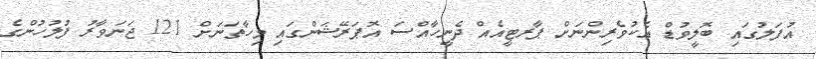
އުފަލުގައި ބޮލީވުޑް އެކުވެރިންނަށް ޕާރޓީއެއް ދެނީހާއްސަ އޮޕަރޭޝަންގައި މިހާތަނަށް 121 ޖަނަވާރު ފުލުހުންގެ